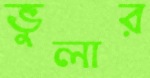
ভুলার